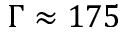
\Gamma \approx 1 7 5